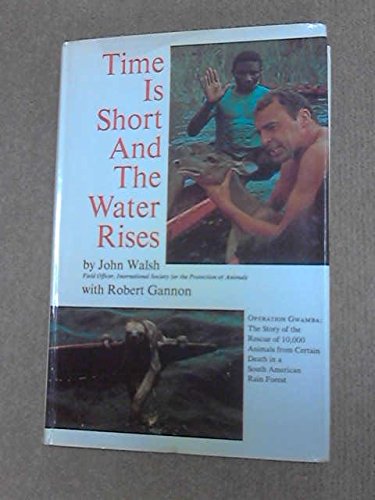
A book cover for Time Is Short and the Water Rises, Operation Gwamba: The Story of the Rescue of 10,000 Animals from Certain Death in a South American Rain Forest; John Walsh; Travel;